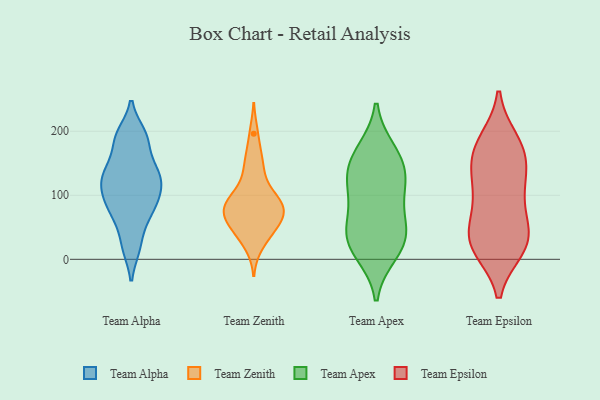
{"axis": {"x": "LTV (USD)", "y": "Value"}, "legend": ["Team Alpha", "Team Apex", "Team Epsilon", "Team Zenith"], "data": [{"x": "", "y": 137, "type": "Team Alpha"}, {"x": "", "y": 129, "type": "Team Alpha"}, {"x": "", "y": 117, "type": "Team Alpha"}, {"x": "", "y": 144, "type": "Team Alpha"}, {"x": "", "y": 144, "type": "Team Alpha"}, {"x": "", "y": 99, "type": "Team Alpha"}, {"x": "", "y": 67, "type": "Team Alpha"}, {"x": "", "y": 93, "type": "Team Alpha"}, {"x": "", "y": 118, "type": "Team Alpha"}, {"x": "", "y": 191, "type": "Team Alpha"}, {"x": "", "y": 19, "type": "Team Alpha"}, {"x": "", "y": 84, "type": "Team Alpha"}, {"x": "", "y": 59, "type": "Team Alpha"}, {"x": "", "y": 180, "type": "Team Alpha"}, {"x": "", "y": 195, "type": "Team Alpha"}, {"x": "", "y": 193, "type": "Team Alpha"}, {"x": "", "y": 123, "type": "Team Alpha"}, {"x": "", "y": 84, "type": "Team Alpha"}, {"x": "", "y": 19, "type": "Team Alpha"}, {"x": "", "y": 54, "type": "Team Zenith"}, {"x": "", "y": 82, "type": "Team Zenith"}, {"x": "", "y": 37, "type": "Team Zenith"}, {"x": "", "y": 151, "type": "Team Zenith"}, {"x": "", "y": 72, "type": "Team Zenith"}, {"x": "", "y": 56, "type": "Team Zenith"}, {"x": "", "y": 105, "type": "Team Zenith"}, {"x": "", "y": 79, "type": "Team Zenith"}, {"x": "", "y": 75, "type": "Team Zenith"}, {"x": "", "y": 91, "type": "Team Zenith"}, {"x": "", "y": 22, "type": "Team Zenith"}, {"x": "", "y": 86, "type": "Team Zenith"}, {"x": "", "y": 48, "type": "Team Zenith"}, {"x": "", "y": 196, "type": "Team Zenith"}, {"x": "", "y": 155, "type": "Team Zenith"}, {"x": "", "y": 81, "type": "Team Zenith"}, {"x": "", "y": 123, "type": "Team Zenith"}, {"x": "", "y": 158, "type": "Team Apex"}, {"x": "", "y": 168, "type": "Team Apex"}, {"x": "", "y": 145, "type": "Team Apex"}, {"x": "", "y": 37, "type": "Team Apex"}, {"x": "", "y": 117, "type": "Team Apex"}, {"x": "", "y": 95, "type": "Team Apex"}, {"x": "", "y": 45, "type": "Team Apex"}, {"x": "", "y": 21, "type": "Team Apex"}, {"x": "", "y": 119, "type": "Team Apex"}, {"x": "", "y": 48, "type": "Team Apex"}, {"x": "", "y": 11, "type": "Team Apex"}, {"x": "", "y": 176, "type": "Team Epsilon"}, {"x": "", "y": 33, "type": "Team Epsilon"}, {"x": "", "y": 86, "type": "Team Epsilon"}, {"x": "", "y": 117, "type": "Team Epsilon"}, {"x": "", "y": 139, "type": "Team Epsilon"}, {"x": "", "y": 127, "type": "Team Epsilon"}, {"x": "", "y": 27, "type": "Team Epsilon"}, {"x": "", "y": 18, "type": "Team Epsilon"}, {"x": "", "y": 83, "type": "Team Epsilon"}, {"x": "", "y": 24, "type": "Team Epsilon"}, {"x": "", "y": 23, "type": "Team Epsilon"}, {"x": "", "y": 184, "type": "Team Epsilon"}, {"x": "", "y": 166, "type": "Team Epsilon"}, {"x": "", "y": 44, "type": "Team Epsilon"}, {"x": "", "y": 170, "type": "Team Epsilon"}]}